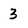
Character: 3